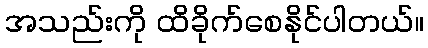
အသည်းကို ထိခိုက်စေနိုင်ပါတယ်။